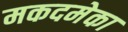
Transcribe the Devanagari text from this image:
मकदमेका